Annual report on the lock hospitals of the Madras Presidency
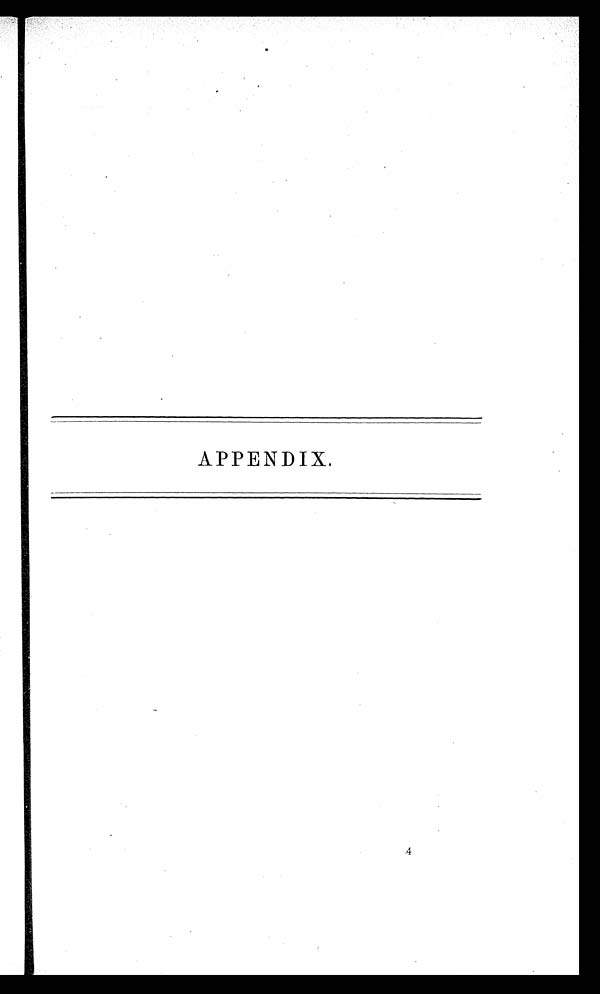
APPENDIX.
4